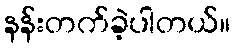
နန်းတက်ခဲ့ပါတယ်။